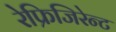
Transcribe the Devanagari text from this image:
रेफ्रिजिरेन्ट